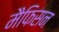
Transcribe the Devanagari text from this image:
मैफिसन